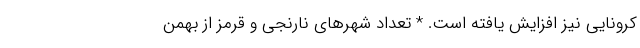
کرونایی نیز افزایش یافته است. * تعداد شهرهای نارنجی و قرمز از بهمن